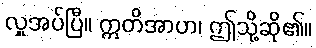
လှူအပ်ပြီ။ ဣတိအာဟ၊ ဤသို့ဆို၏။